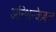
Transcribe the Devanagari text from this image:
अन्थिन्केबल